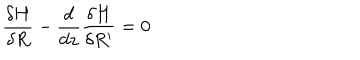
LaTeX: \frac { \delta H } { \delta R } - \frac { d } { d z } \frac { \delta H } { \delta R ^ { \prime } } = 0